Vital statistics of India. Vol. V, Reports of 1876 on armies & jails and on epidemic cholera
Year: 1876
Disease focus: Cholera
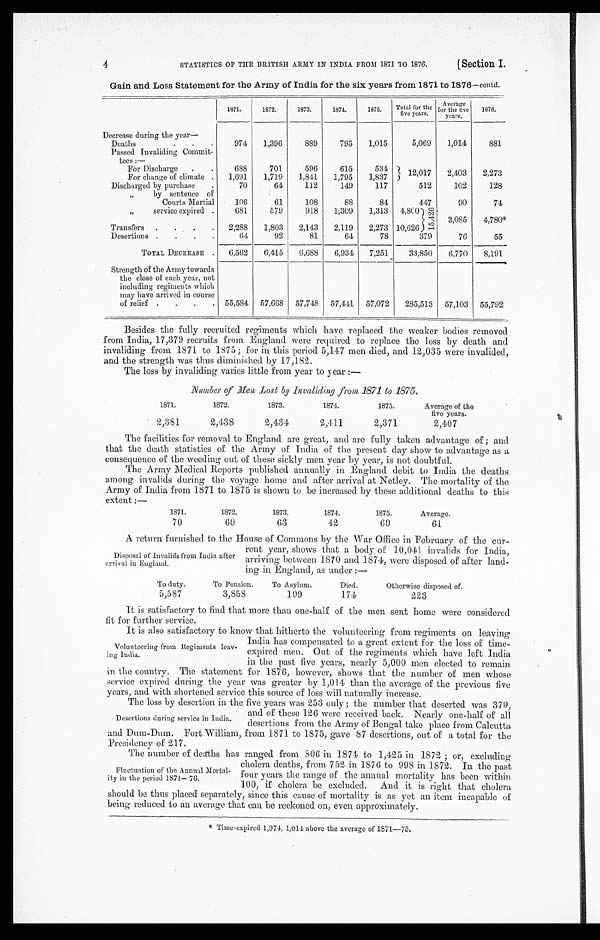
STATISTICS OF THE BRITISH ARMY IN INDIA FROM 1871 TO 1876.
[Section I.
4
Gain and Loss Statement for the Army of India for the six years from 1871 to 1876—contd.
Decrease during the year—
1871.
1872.
1873.
1874.
1875.
Total for the
five years.
Ave r a ge f or t he f i ve ye a r s .
1876.
Deaths
.
.
.
974
1,396
889
795
1,015
5,069
1,014
881
Passed Invaliding Commit-
t e e s : —
For Discharge
. .
688
701
596
615
5 3 4
12,017
2,403
2,273
For change of climate .
1,691
1,719
1,841
1,795
1,837
Discharged by purchase
.
70
64
112
149
117
512
102
128
„
by sentence of
Courts Martial
106
61
108
88
84
447
90
74
„
service expired .
681
579
918
1,309
1,313
4,800
1 5 , 4 2 6
3 , 0 8 5
‫٭087,4‬
Transfers
.
.
.
.
2,288
1,803
2,143
2,119
2,273 10,626
Desertions .
.
.
.
64
92
81
64
78
379
76
55
TOTAL DECREASE .
6,562
6,415
6,688
6,934
7,251
33,850
6,770
8,191
Strength of the Army towards
the close of each year, not
including regiments which
may have arrived in course
of relief .
.
.
. 55,584
57,668
57,748
57,441
57,072
285,513
57,103
55,792
Besides the fully recruited regiments which have replaced the weaker bodies removed
from India, 17,379 recruits from England were required to replace the loss by death and
invaliding from 1871 to 1875 ; for in this period 5,147 men died, and 12,035 were invalided,
and the strength was thus diminished by 17,182.
The loss by invaliding varies little from year to year :—
Number of Men Lost by Invaliding from 1871 to 1875.
1871.
1872.
1873.
1874.
1875.
Average of the
five years.
2,381
2,438
2,434
2,411
2,371
2,407
The facilities for removal to England are great, and are fully taken advantage of ; and
that the death statistics of the Army of India of the present day show to advantage as a
consequence of the weeding out of these sickly men year by year, is not doubtful.
The Army Medical Reports published annually in England debit to India the deaths
among invalids during the voyage home and after arrival at Netley. The mortality of the
Army of India from 1871 to 1875 is shown to be increased by these additional deaths to this
extent :—
1871.
1872.
1873.
1874.
1875.
Average.
70
60
63
42
69
61
A return furnished to the House of Commons by the War Office in February of the cur-
rent year, shows that a body of 10,041 invalids for India,
arriving between 1870 and 1874, were disposed of after land-
ing in England, as under :—
To duty.
To Pension.
To Asylum.
Died.
Otherwise disposed of.
5,587
3,858
199
174
223
It is satisfactory to find that more than one-half of the men sent home were considered
fit for further service.
It is also satisfactory to know that hitherto the volunteering from regiments on leaving
India has compensated to a great extent for the loss of time-
expired men. Out of the regiments which have left India
in the past five years, nearly 5,000 men elected to remain
in the country. The statement for 1876, however, shows that the number of men whose
service expired during the year was greater by 1,014 than the average of the previous five
years, and with shortened service this source of loss will naturally increase.
The loss by desertion in the five years was 253 only ; the number that deserted was 379,
Disposal of Invalids from India after
arrival in England.
Volunteering from Regiments
leaving India.
Desertions during service in India.
and of these 126 were received back. Nearly one-half of all
desertions from the Army of Bengal take place from Calcutta
and Dum-Dum. Fort William, from 1871 to 1875, gave 87 desertions, out of a total for the
Presidency of 217.
The number of deaths has ranged from 806 in 1874 to 1,425 in 1872 ; or, excluding
cholera deaths, from 752 in 1876 to 998 in 1872. In the past
four years the range of the annual mortality has been within
100, if cholera be excluded. And it is right that cholera
should be thus placed separately, since this cause of mortality is as yet an item incapable of
being reduced to an average that can be reckoned on, even approximately.
‫٭‬ Time -expired 1,974, 1,014 above the average of 1871—75.
Fluctuation of the Annual Mortal-
ity in the period 1871—76.